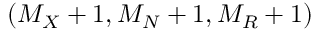
( M _ { X } + 1 , M _ { N } + 1 , M _ { R } + 1 )